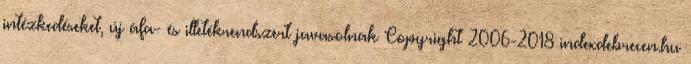
intézkedéseket, új áfa- és illetékrendszert javasolnak Copyright 2006-2018 indexdebrecen.hu